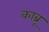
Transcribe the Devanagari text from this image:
काब्रू